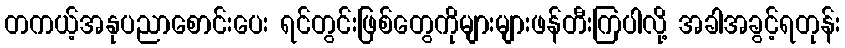
တကယ့်အနုပညာစောင်းပေး ရင်တွင်းဖြစ်တွေကိုများများဖန်တီးကြပါလို့ အခါအခွင့်ရတုန်း